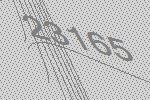
23165